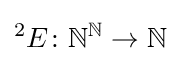
{}^{2}E\colon \mathbb {N} ^{\mathbb {N} }\to \mathbb {N}